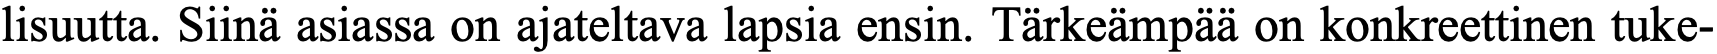
lisuutta. Siinä asiassa on ajateltava lapsia ensin. Tärkeämpää on konkreettinen tuke-